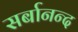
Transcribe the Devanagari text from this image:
सर्बानन्द